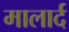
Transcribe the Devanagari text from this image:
मालार्द